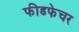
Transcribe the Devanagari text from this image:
फीडफेचर